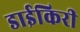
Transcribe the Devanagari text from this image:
डाईकिरी